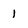
Character: 1